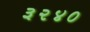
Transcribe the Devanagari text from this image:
३२४०